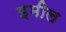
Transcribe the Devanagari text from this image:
इमील